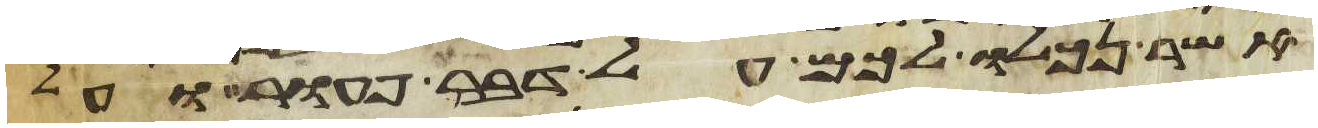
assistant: אשר נכלו לכם על דבר פעור ועל